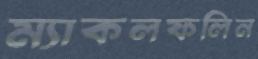
ম্যাকলফলিন